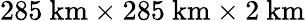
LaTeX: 285~\mathrm{km}\times 285~\mathrm{km}\times 2~\mathrm{km}